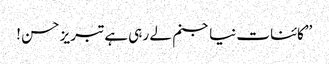
’’کائنات نیا جنم لے رہی ہے تبریز حسن !